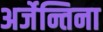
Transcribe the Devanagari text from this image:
अर्जेन्तिना